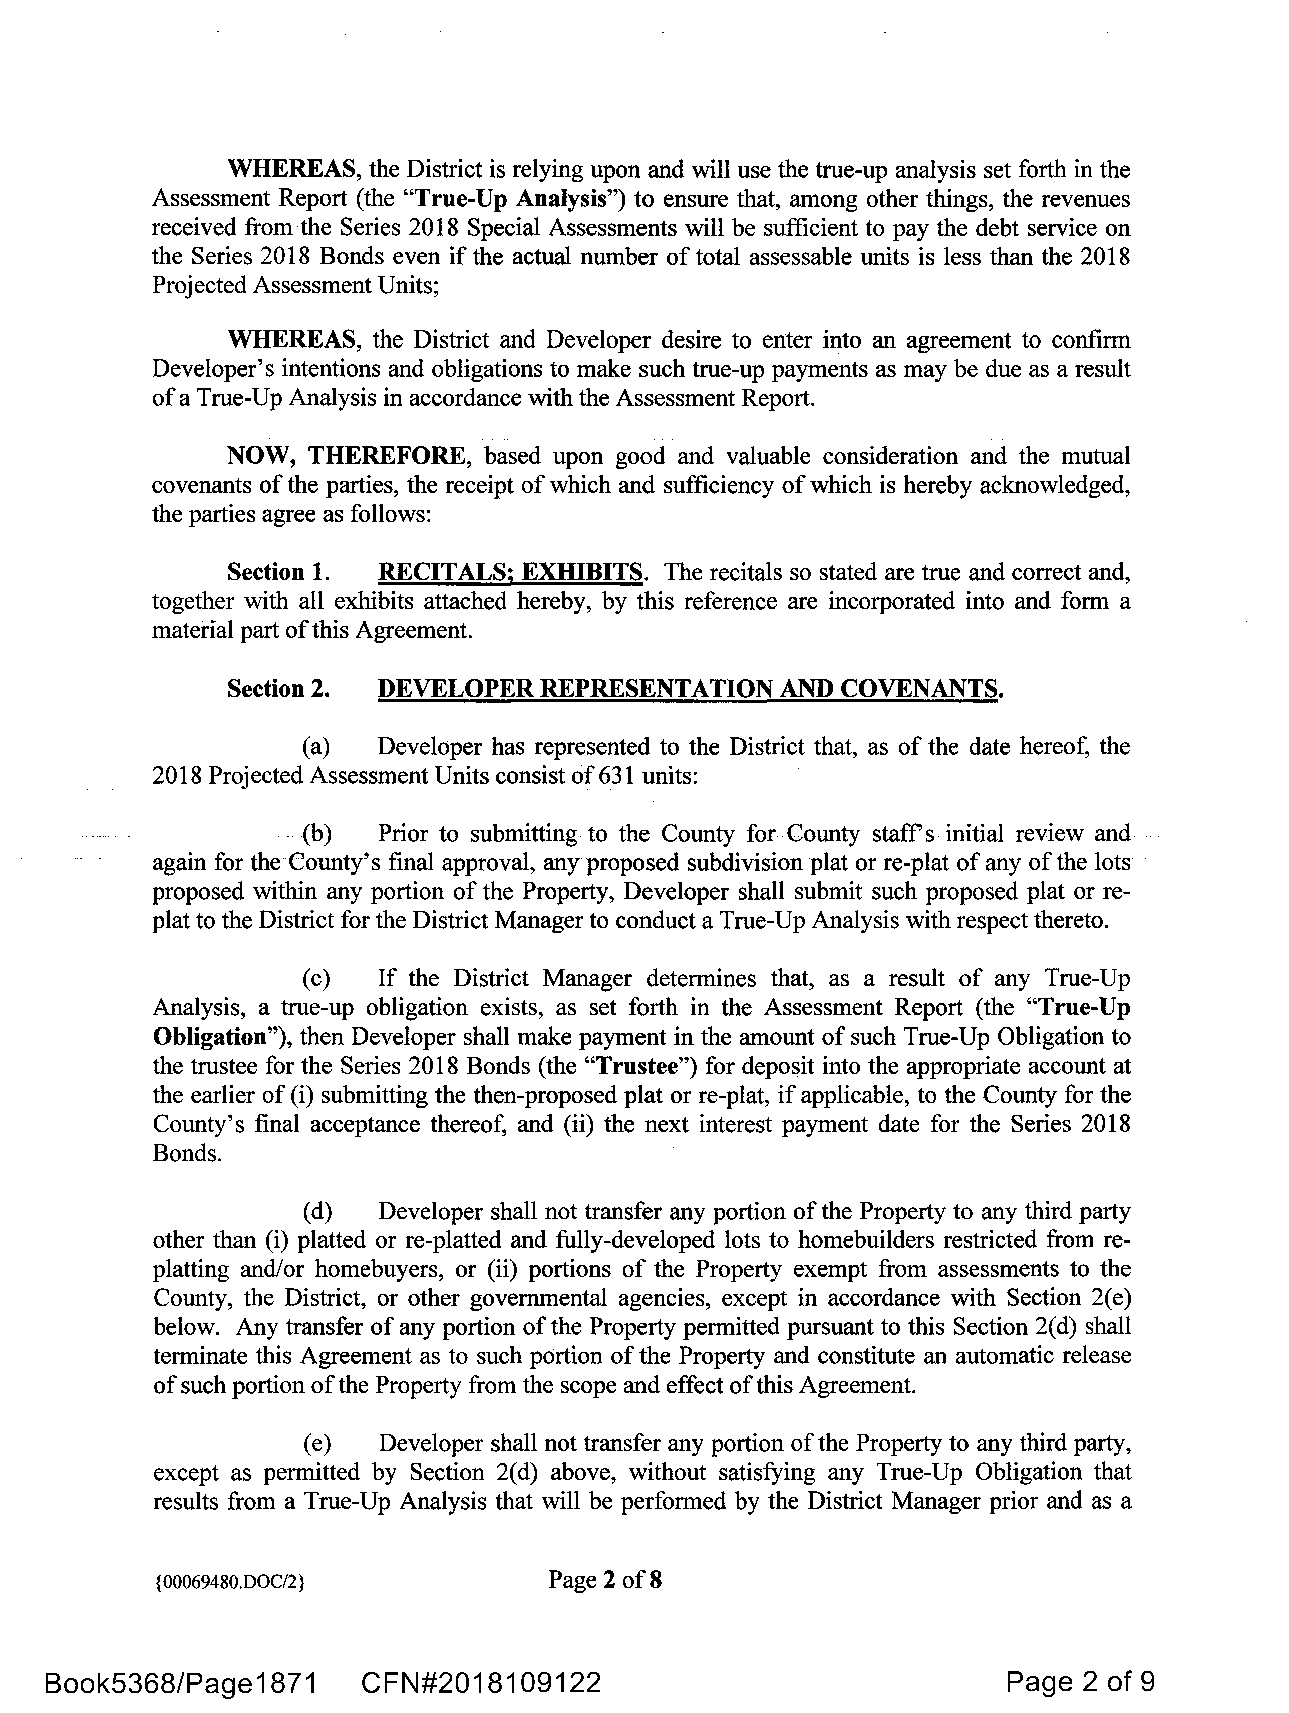
WHEREAS,  the District is relying upon and will use the true-up analysis set forth in the
 Assessment Report (the "True-Up Analysis") to ensure that, among other things, the revenues
 received from the Series 2018 Special Assessments will be sufficient to pay the debt service on
 the Series 2018 Bonds even if the actual number of total assessable units is less than the 2018
 Projected Assessment Units;
 WHEREAS,  the District and Developer desire to enter into an agreement to confirm
 Developer's intentions and obligations to make such true-up payments as may be due as a result
 of a True-Up Analysis in accordance with the Assessment Report.
 NOW,  THEREFORE, based upon good and valuable consideration and the mutual
 covenants of the parties, the receipt of which and sufficiency of which is hereby acknowledged,
 the parties agree as follows:
 Section 1. RECITALS; EXHIBITS. The recitals so stated are true and correct and,
 together with all exhibits attached hereby, by this reference are incorporated into and form a
 material part ofthis Agreement.
 Section 2. DEVELOPER REPRESENTATION  AND COVENANTS.
 (a)  Developer has represented to the District that, as of the date hereof, the
 2018 Projected Assessment Units consist of 631 units:
 (b)  Prior to submitting to the County for County staffs initial review and
 again for the County's final approval, any proposed subdivision plat or re-plat of any of the lots
 proposed within any portion of the Property, Developer shall submit such proposed plat or re­
 plat to the District for the District Manager to conduct a True-Up Analysis with respect thereto.
 (c)  If the District Manager determines that, as a result of any True-Up
 Analysis, a true-up obligation exists, as set forth in the Assessment Report (the "True-Up
 Obligation"), then Developer shall make payment in the amount of such True-Up Obligation to
 the trustee for the Series 2018 Bonds (the "Trustee") for deposit into the appropriate account at
 the earlier of (i) submitting the then-proposed plat or re-plat, if applicable, to the County for the
 County's final acceptance thereof, and (ii) the next interest payment date for the Series 2018
 Bonds.
 (d)  Developer shall not transfer any portion of the Property to any third party
 other than (i) platted or re-platted and fully-developed lots to homebuilders restricted from re­
 platting and/or homebuyers, or (ii) portions of the Property exempt from assessments to the
 County, the District, or other governmental agencies, except in accordance with Section 2(e)
 below. Any transfer of any portion of the Property permitted pursuant to this Section 2(d) shall
 terminate this Agreement as to such portion of the Property and constitute an automatic release
 of such portion ofthe Property from the scope and effect ofthis Agreement.
 (e)  Developer shall not transfer any portion of the Property to any third party,
 except as permitted by Section 2(d) above, without satisfying any True-Up Obligation that
 results from a True-Up Analysis that will be performed by the District Manager prior and as a
 {0 0069480.DOC/2}         Page 2 of8
 Book5368/Page1871    CFN#2018109122                             Page 2 of 9